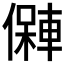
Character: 𱏘